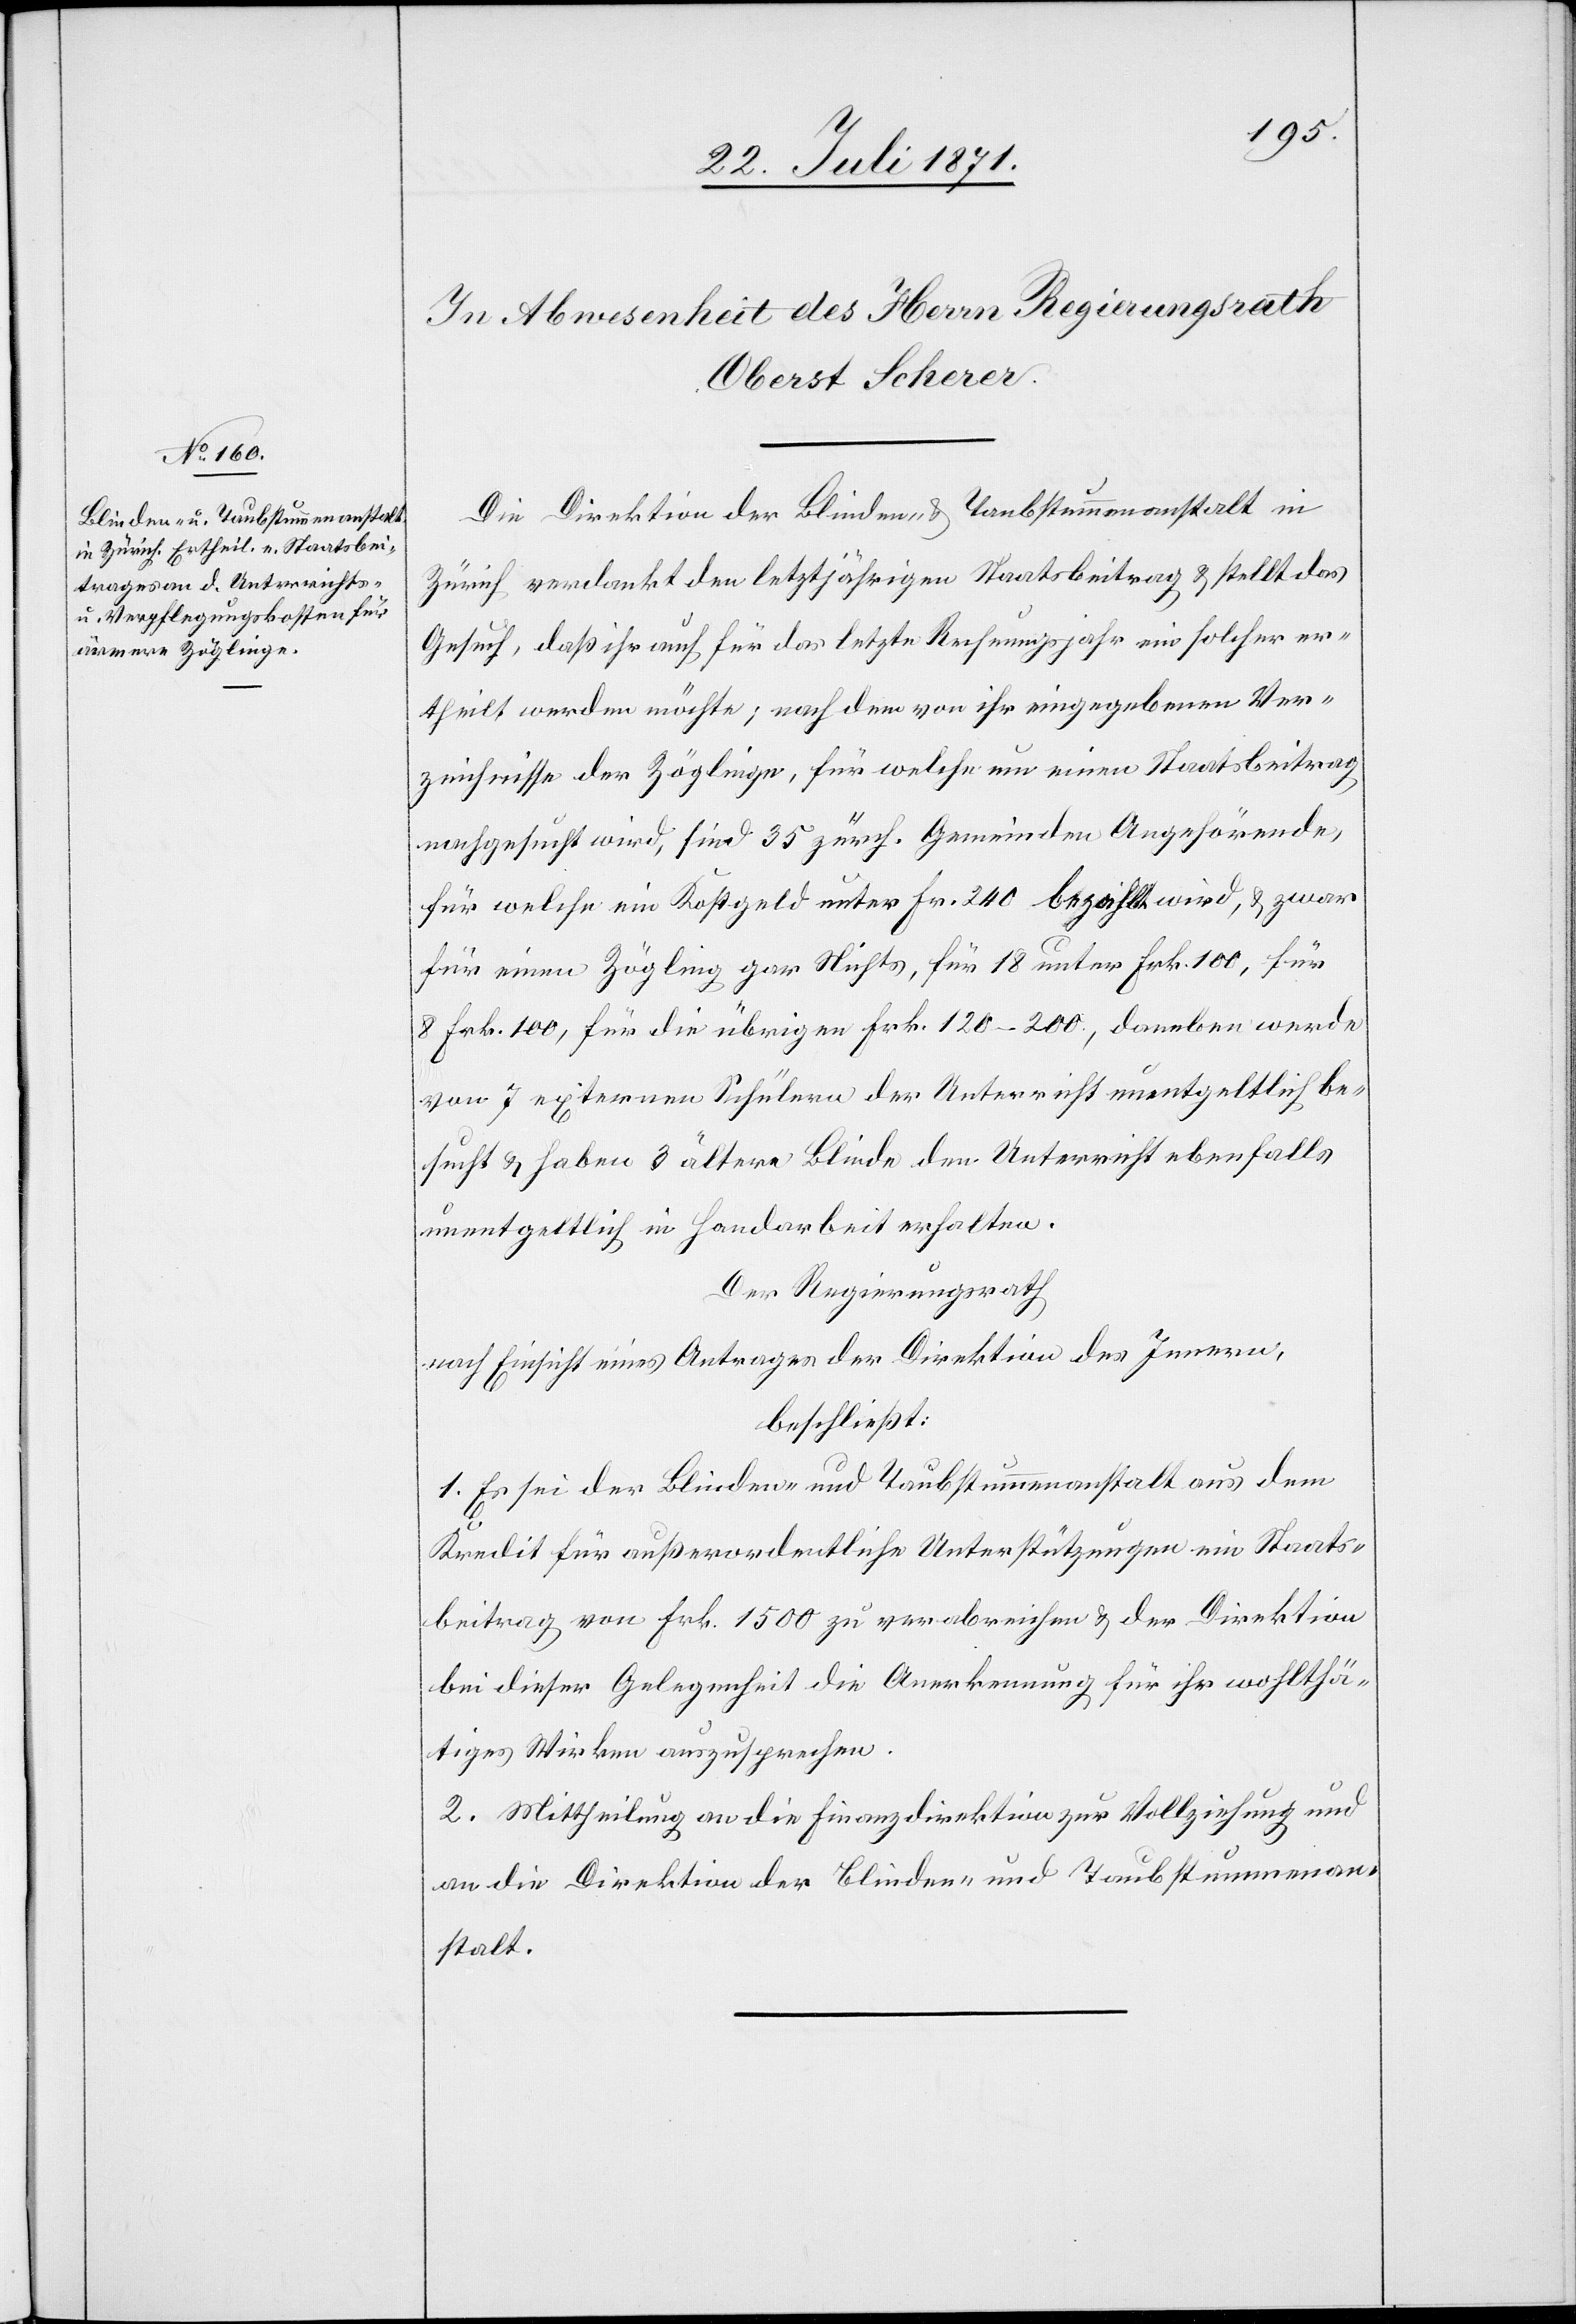
die Direktion der Blinden- u. Taubstummenanstalt in
Zürich verdankt den letztjährigen Staatsbeitrag u. stellt das
Gesuch, daß ihr auch für das letzte Rechnungsjahr ein solcher er¬
theilt werden möchte; nach dem von ihr eingegebenen Ver¬
zeichnisse der Zöglinge, für welche um einen Staatsbeitrag
nachgesucht wird, sind 35 zürch. Gemeinden Angehörende,
für welche ein Kostgeld unter Fr. 240 bezahlt wird, u. zwar
für einen Zögling gar Nichts, für 18 unter Frk. 100, für
8 Frk. 100, für die übrigen Frk. 120–200, daneben werde
von 7 externen Schülern der Unterricht unentgeltlich be¬
sucht u. haben 3 ältere Blinde den Unterricht ebenfalls
unentgeltlich in Handarbeit erhalten.
Der Regierungsrath
nach Einsicht eines Antrages der Direktion des Innern,
beschließt:
1. Es sei der Blinden- und Taubstummenanstalt aus dem
Kredit für außerordentliche Unterstützungen ein Staats¬
beitrag von Frk. 1500 zu verabreichen u. der Direktion
bei dieser Gelegenheit die Anerkennung für ihr wohlthä¬
tiges Wirken auszusprechen.
2. Mittheilung an die Finanzdirektion zur Vollziehung und
an die Direktion der Blinden- und Taubstummenan¬
stalt.